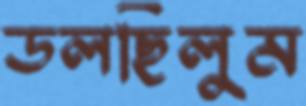
ডলছিলুম